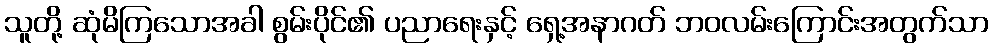
သူတို့ ဆုံမိကြသောအခါ စွမ်းပိုင်၏ ပညာရေးနှင့် ရှေ့အနာဂတ် ဘဝလမ်းကြောင်းအတွက်သာ